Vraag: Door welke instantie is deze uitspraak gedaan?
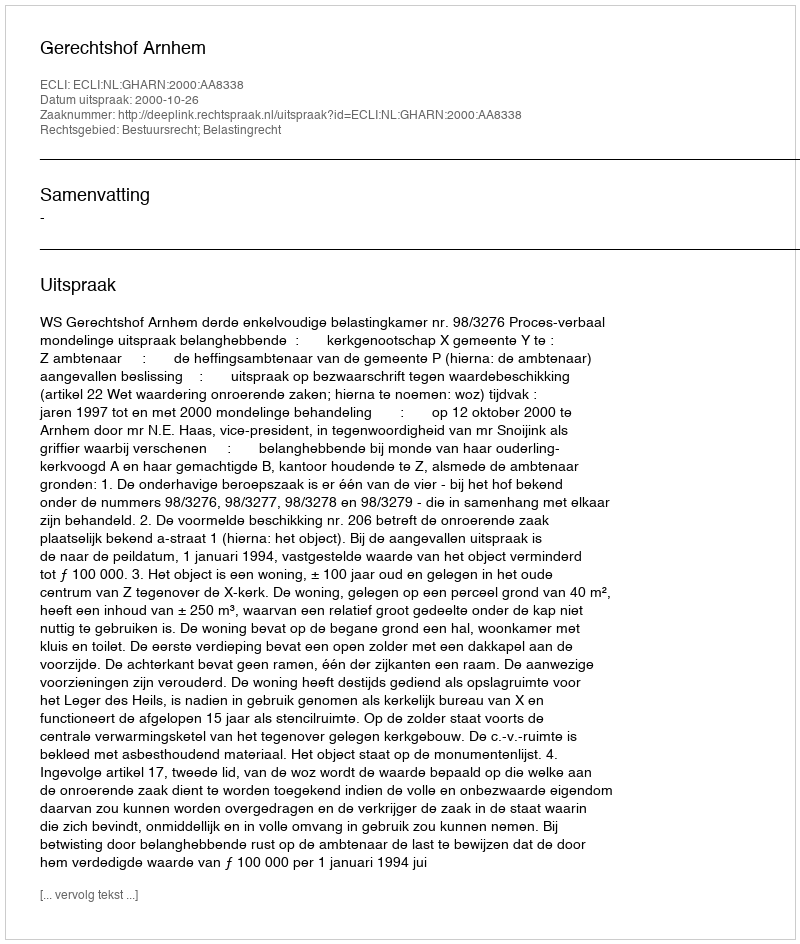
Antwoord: Gerechtshof Arnhem